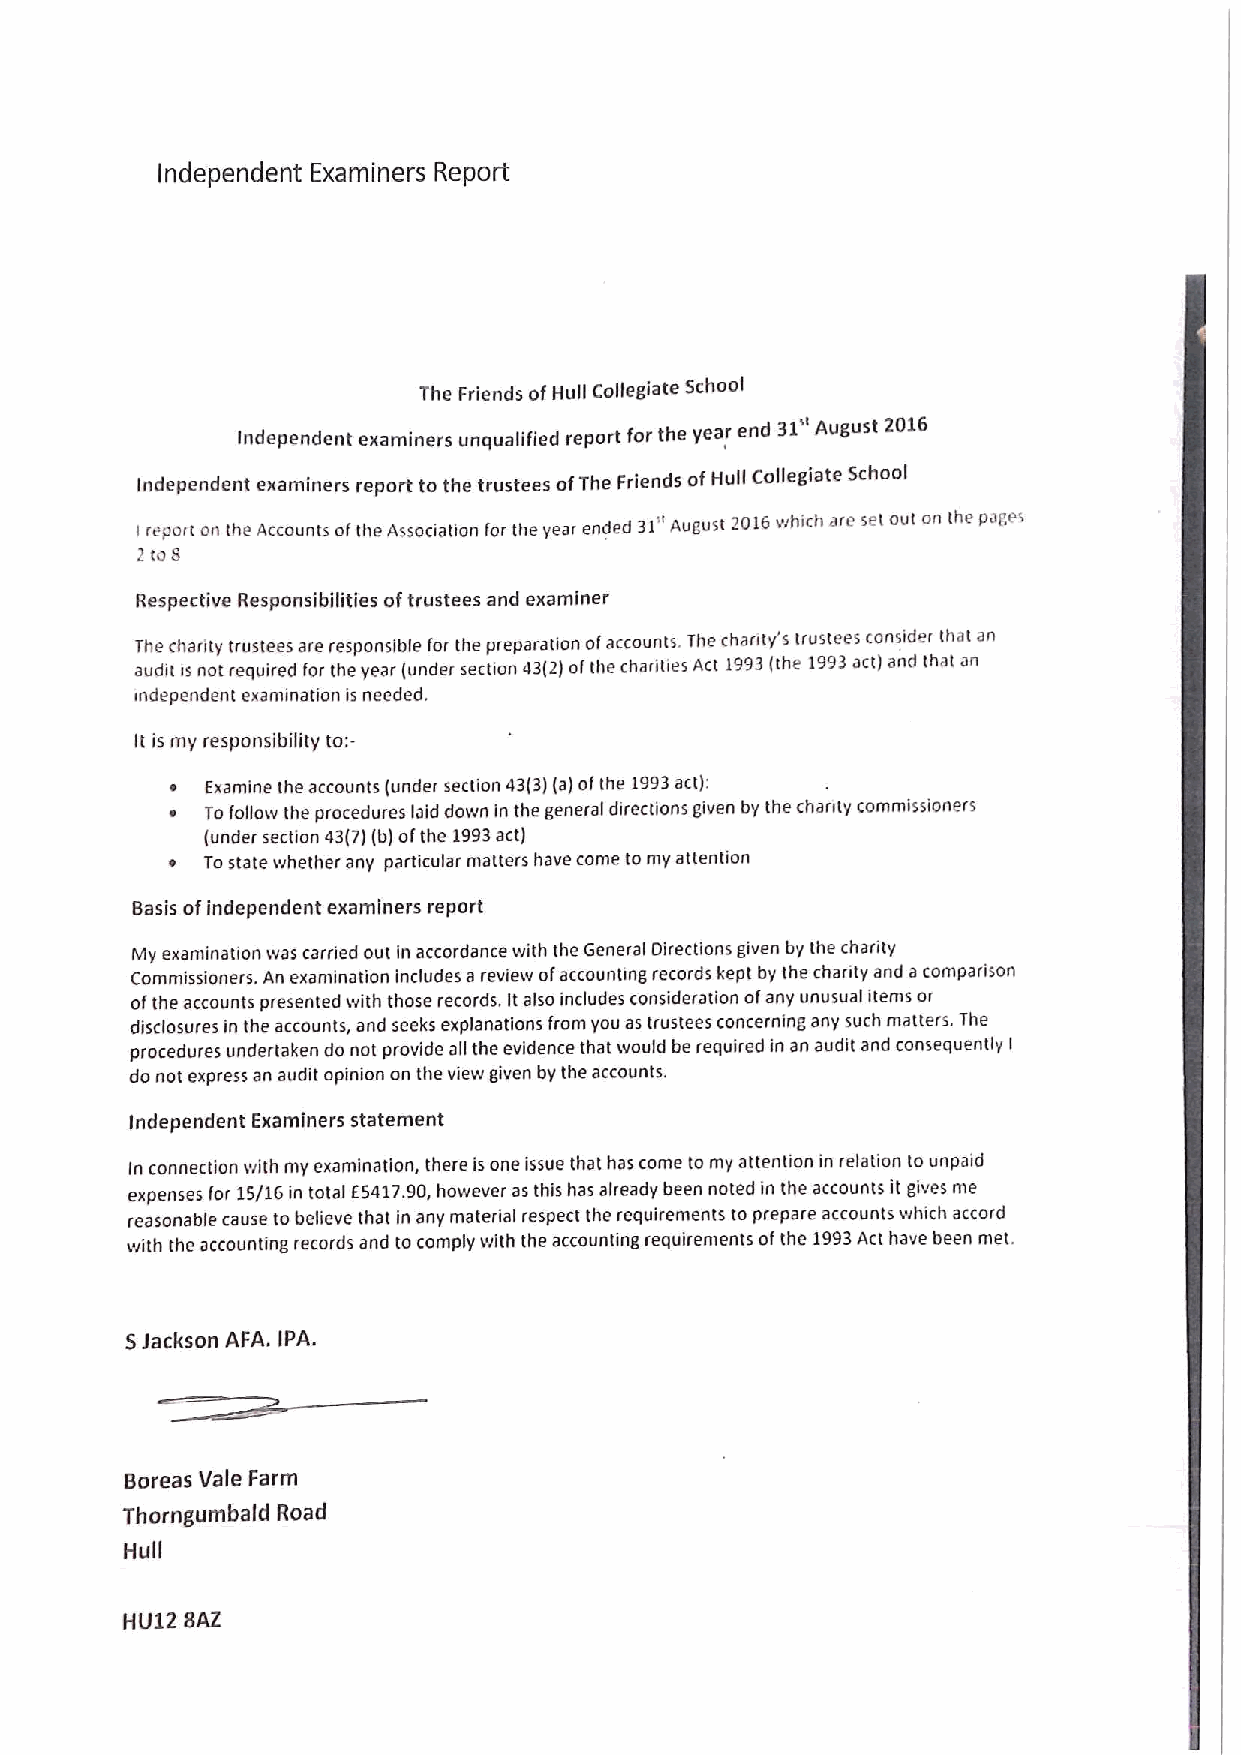
Independent Examiners Report
 The Friends ofHull Collegiate School
 Independent examiners unqualified report for the year end 31 Augusstt 2016
 Independent examiners report to the trustees ofThe Friends ofHull Cogegiate School
 «     '
 report on the Accounts ofthe Association for the year ended 31" August 2016which are set out the p r
 I
 2 tug
 Respective Responsibilities oftrustees and examiner
 ihe charih trustees are responsible for the preparation ofaccounts. The chanty's trustees consider that an
 audit is not required for the year (under section 43(2)ofthe charities Act 1993(the 1993act) and that an
 independent examination is needed.
 It is my responsibility to:-
 ~  Examine the accounts (under section 43(3)(a)ofthe 1993act):
 ~  To follow the procedures laid down in the general directions given by the chanty commissioners
 (under section 43(7)(b)ofthe 1993act)
 ~  Tostate whether any particular matters have come to my attention
 Basis ofindependent examiners report
 My examination was carried out in accordance with the General Directions given by the charity
 Commissioners. An examination includes a review ofaccounting records kept by Ihe charity and acomparison
 ofthe accounts presented with those records. Italso includes consideration ofany unusual items or
 disclosures in the accounts, and seeks explanations from you as trustees concerning any such maners. The
 procedures undertaken do not provide all the evidence that would be required in an audit and consequently I
 do not express an audit opinion on the view given by the accounts.
 Independent Examiners statement
 In connection with my examination, there isone issue that has come to my auention in relation to unpaid
 expenses for 15/16 in total E5417.90,however as this has already been noted in the accounts it gives me
 reasonable cause to believe that in any material respect the requirements to prepare accounts which accord
 with the accounting records and to comply with the accounting requirements ofthe 1993Act have been met.
 5Jackson AFA. (PA.
 Boreas Vale Farm
 Thorngumbald Road
 Hull
 HU12 SAZ